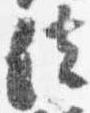
法